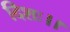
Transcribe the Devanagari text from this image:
दिशः।।